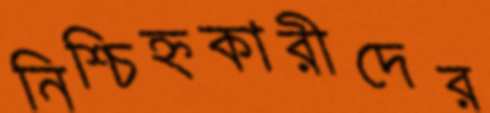
নিশ্চিহ্নকারীদের